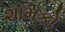
શામકો